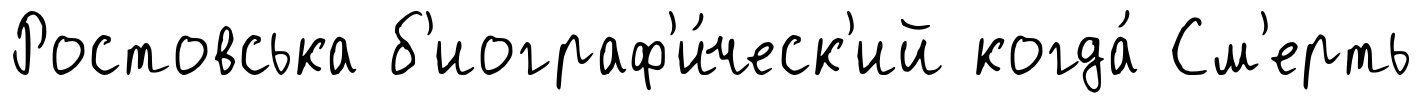
Ростовська б'иограф'и́ческ'ий когда́ См'ерть